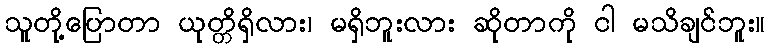
သူတို့ပြောတာ ယုတ္တိရှိလား၊ မရှိဘူးလား ဆိုတာကို ငါ မသိချင်ဘူး။